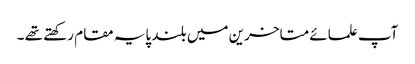
آپ علمائے متاخرین میں بلند پایہ مقام رکھتے تھے ۔